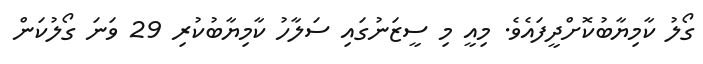
ގޯލު ކާމިޔާބުކޮށްދީފައެވެ. މިއީ މި ސީޒަނުގައި ސަލާހު ކާމިޔާބުކުރި 29 ވަނަ ގޯލުކަން